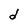
Character: d